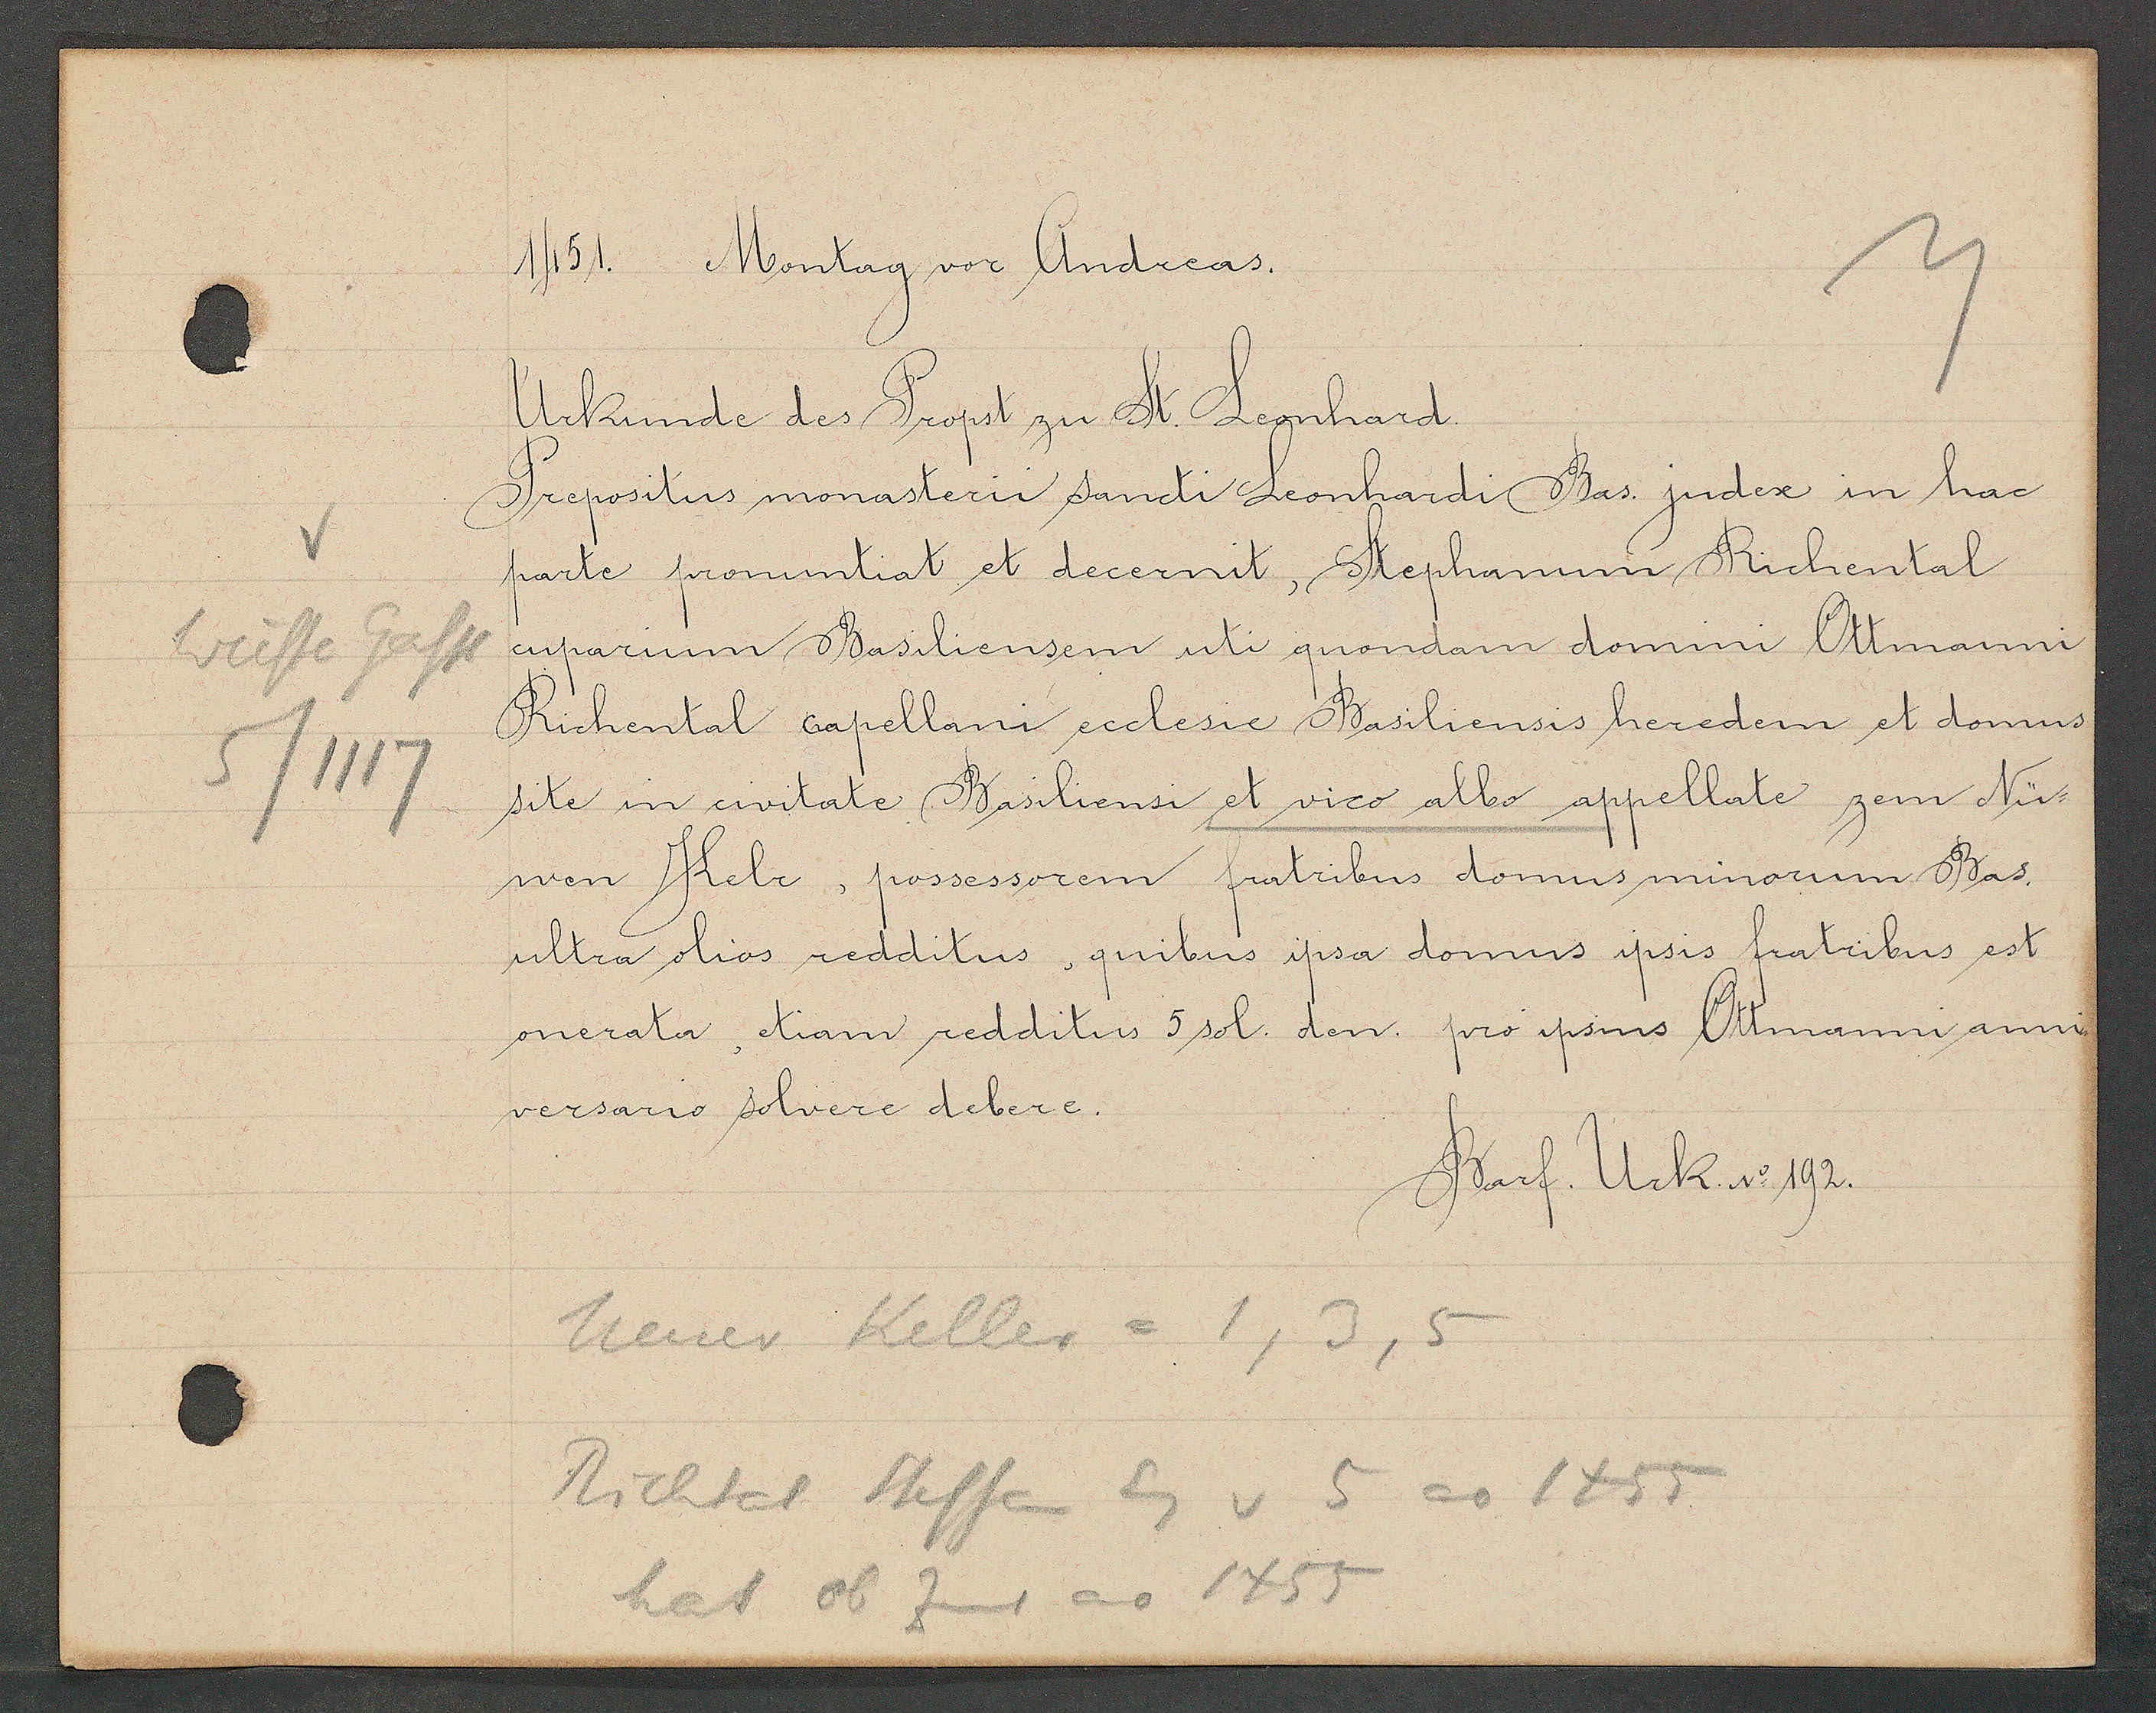
Transcript:
5/1117

1451. Montag vor Andacas.

Urkunde des Propst zu St. Leonhard.
Prepositus monasterii sancti Leonhardi Bas. judex in hac
parte pronuntiat et decernit, Stephanun Richental
weisse Gasse cuparium Basiliensem uti quondam domini Ottmanni
Richental capellani ecclesie Basiliensis heredem et domus
site in civitate, Basiliensi et vico albo appellate zem Nü-
wen Kelr, possessorem fratribus domus minorum Bas.
ultra olios redditus, quibus ipsa domus ipsis fratribus est
onerata, etiam redditus 5 sol. den. pro ipius Ottmanni anni¬
versario solvere debere.

Barf Urk. No 192.

neuer Keller = 1,3,5
Richtal Steffan Eg v 5 ao 1455
hat ob Zins ao 1455